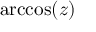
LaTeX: \operatorname { a r c c o s } ( z )